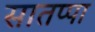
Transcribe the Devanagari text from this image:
सातप्पा